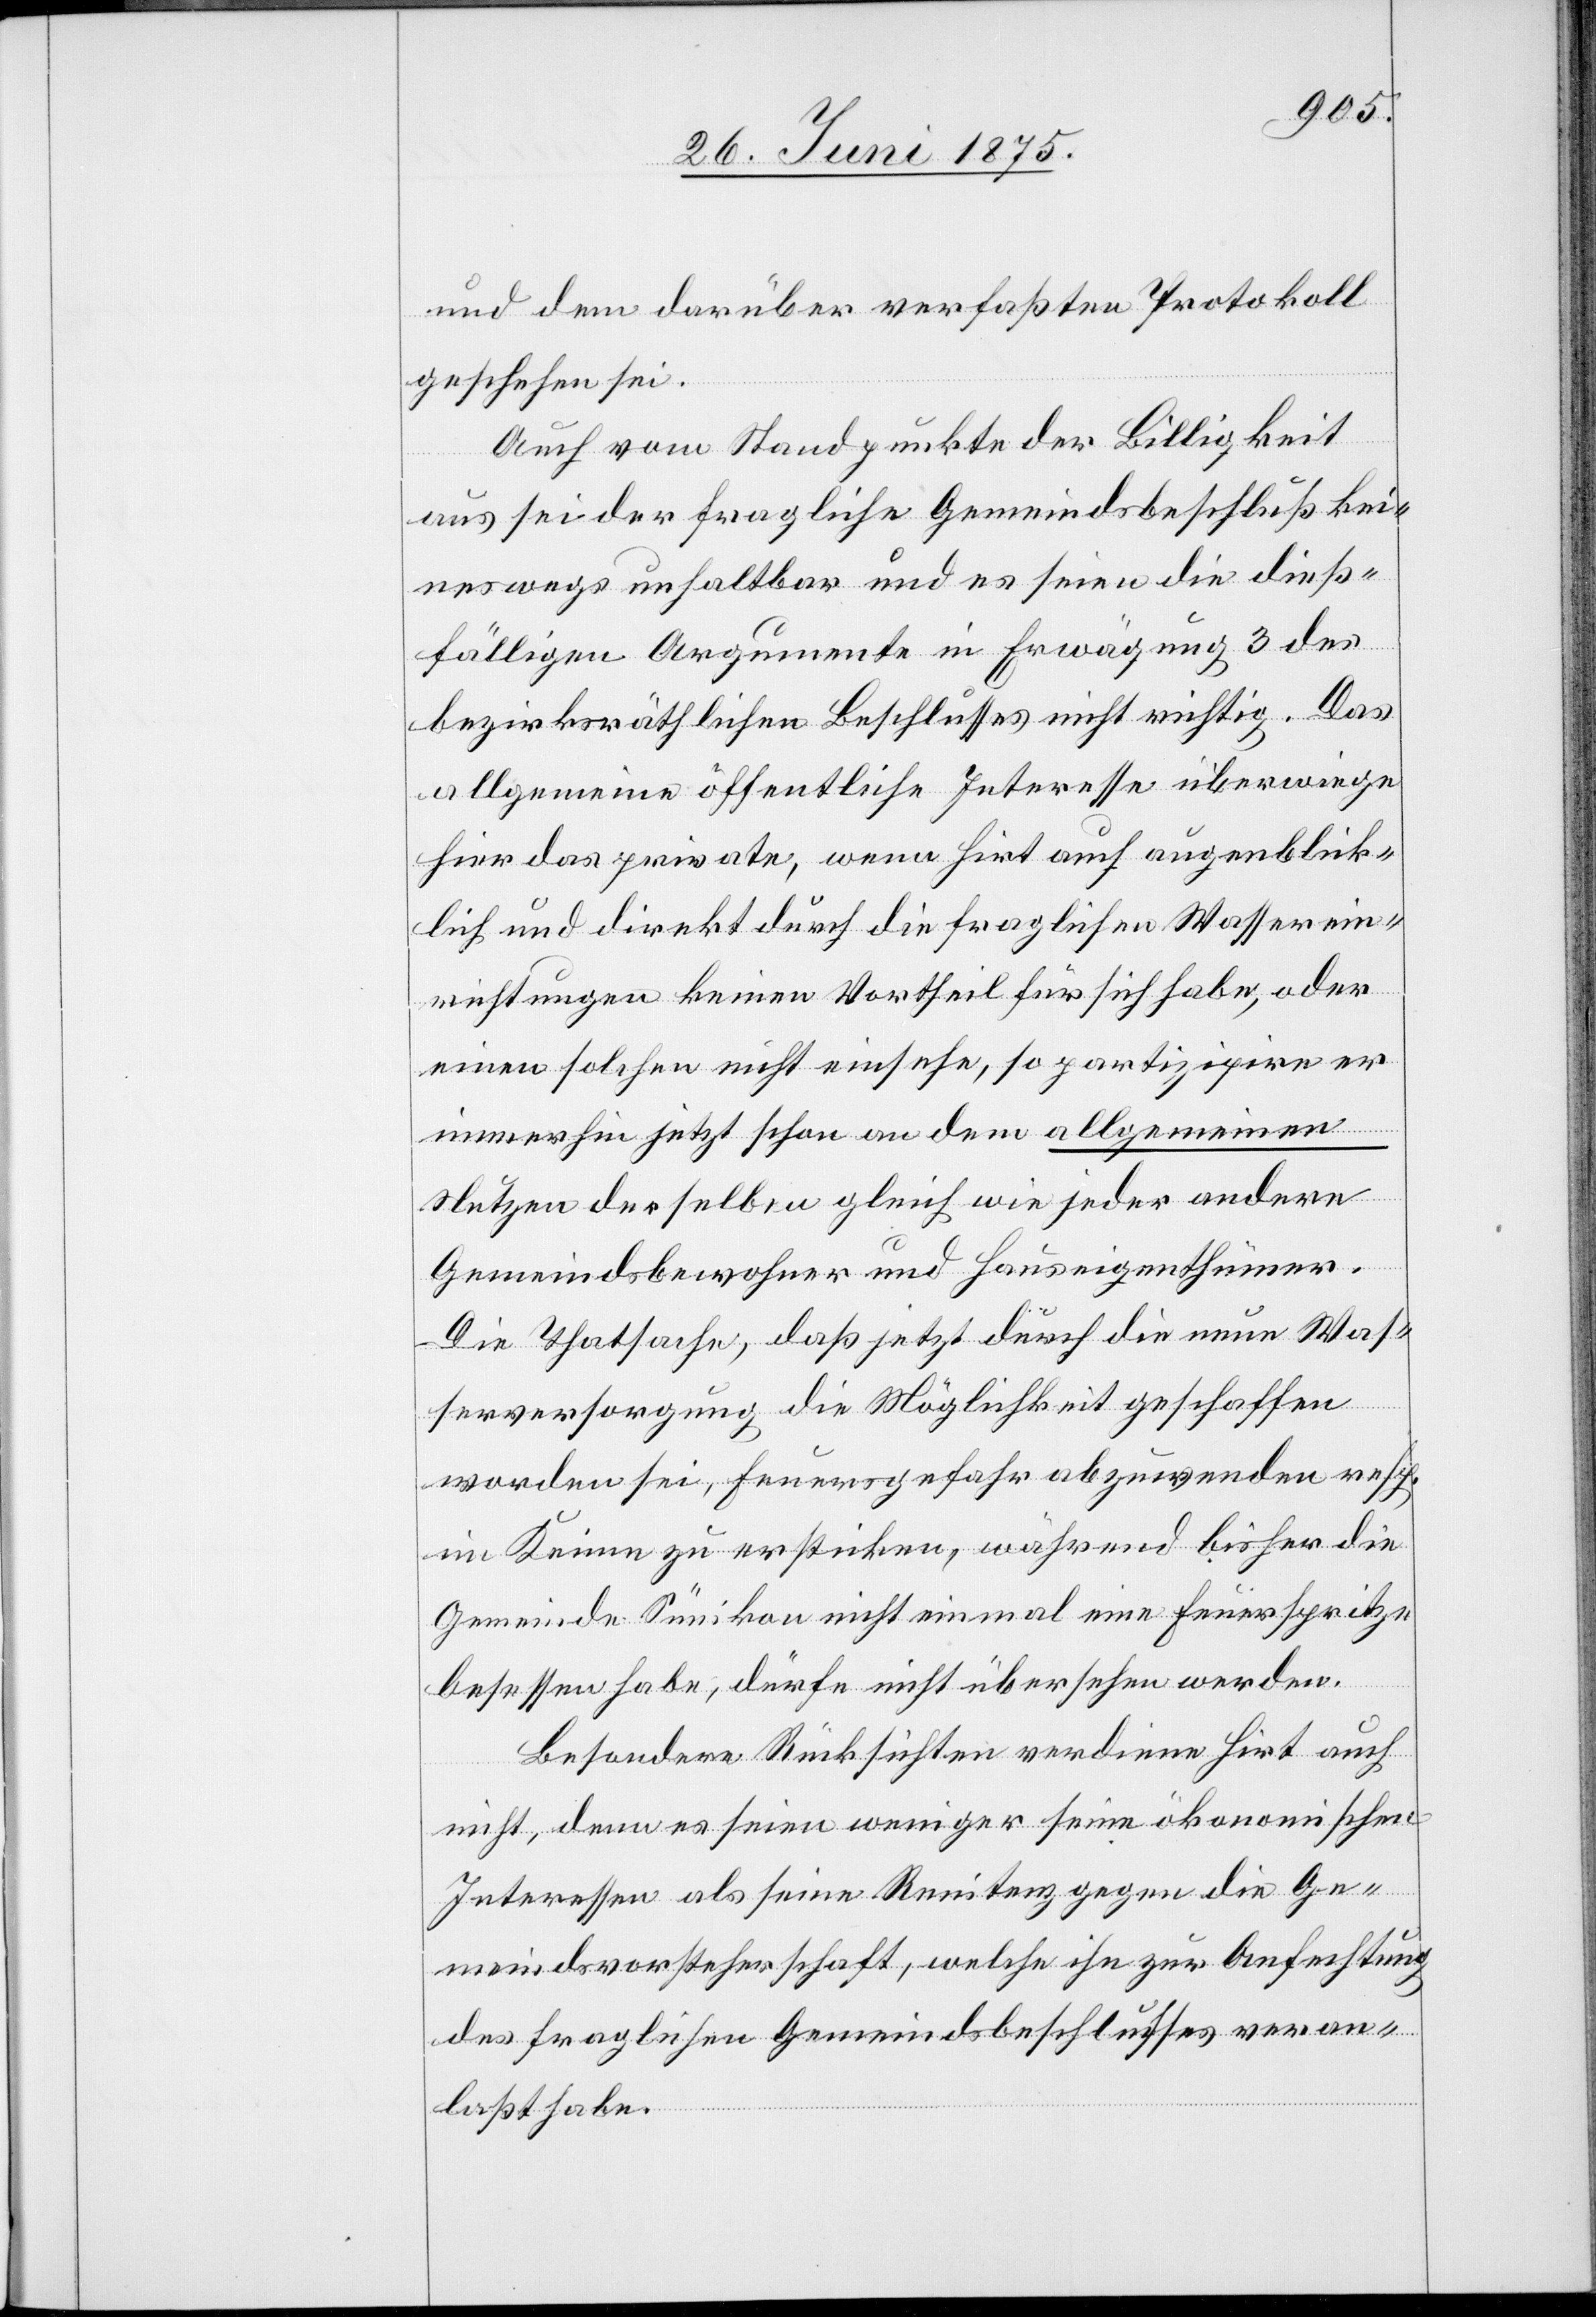
und dem darüber verfaßten Protokoll
geschehen sei.
Auch vom Standpunkte der Billigkeit
aus sei der fragliche Gemeindsbeschluß kei¬
neswegs unhaltbar und es seien die dieß¬
fälligen Argumente in Erwägung 3 des
bezirksräthlichen Beschlusses nicht richtig. Das
allgemeine öffentliche Interesse überwiege
hier das private, wenn Hirt auch augenblick¬
lich und direkt durch die fraglichen Wasserein¬
richtungen keinen Vortheil für sich habe, oder
einen solchen nicht einsehe, so partizipire er
immerhin jetzt schon an dem allgemeinen
Nutzen derselben gleich wie jeder andere
Gemeindsbewohner und Hauseigenthümer.
Die Thatsache, daß jetzt durch die neue Was¬
serversorgung die Möglichkeit geschaffen
worden sei, Feuergefahr abzuwenden resp.
im Keime zu ersticken, während bisher die
Gemeinde Sünikon nicht einmal eine Feuerspritze
besessen habe, dürfe nicht übersehen werden.
Besondere Rücksichten verdiene Hirt auch
nicht, denn es seien weniger seine ökonomischen
Interessen als seine Renitenz gegen die Ge¬
meindsvorsteherschaft, welche ihn zur Anfechtung
des fraglichen Gemeindsbeschlusses veran¬
laßt habe.